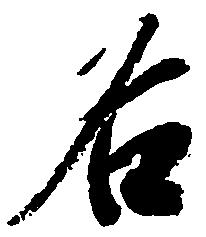
名